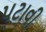
પટાવી